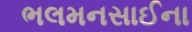
ભલમનસાઈના